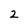
Character: z